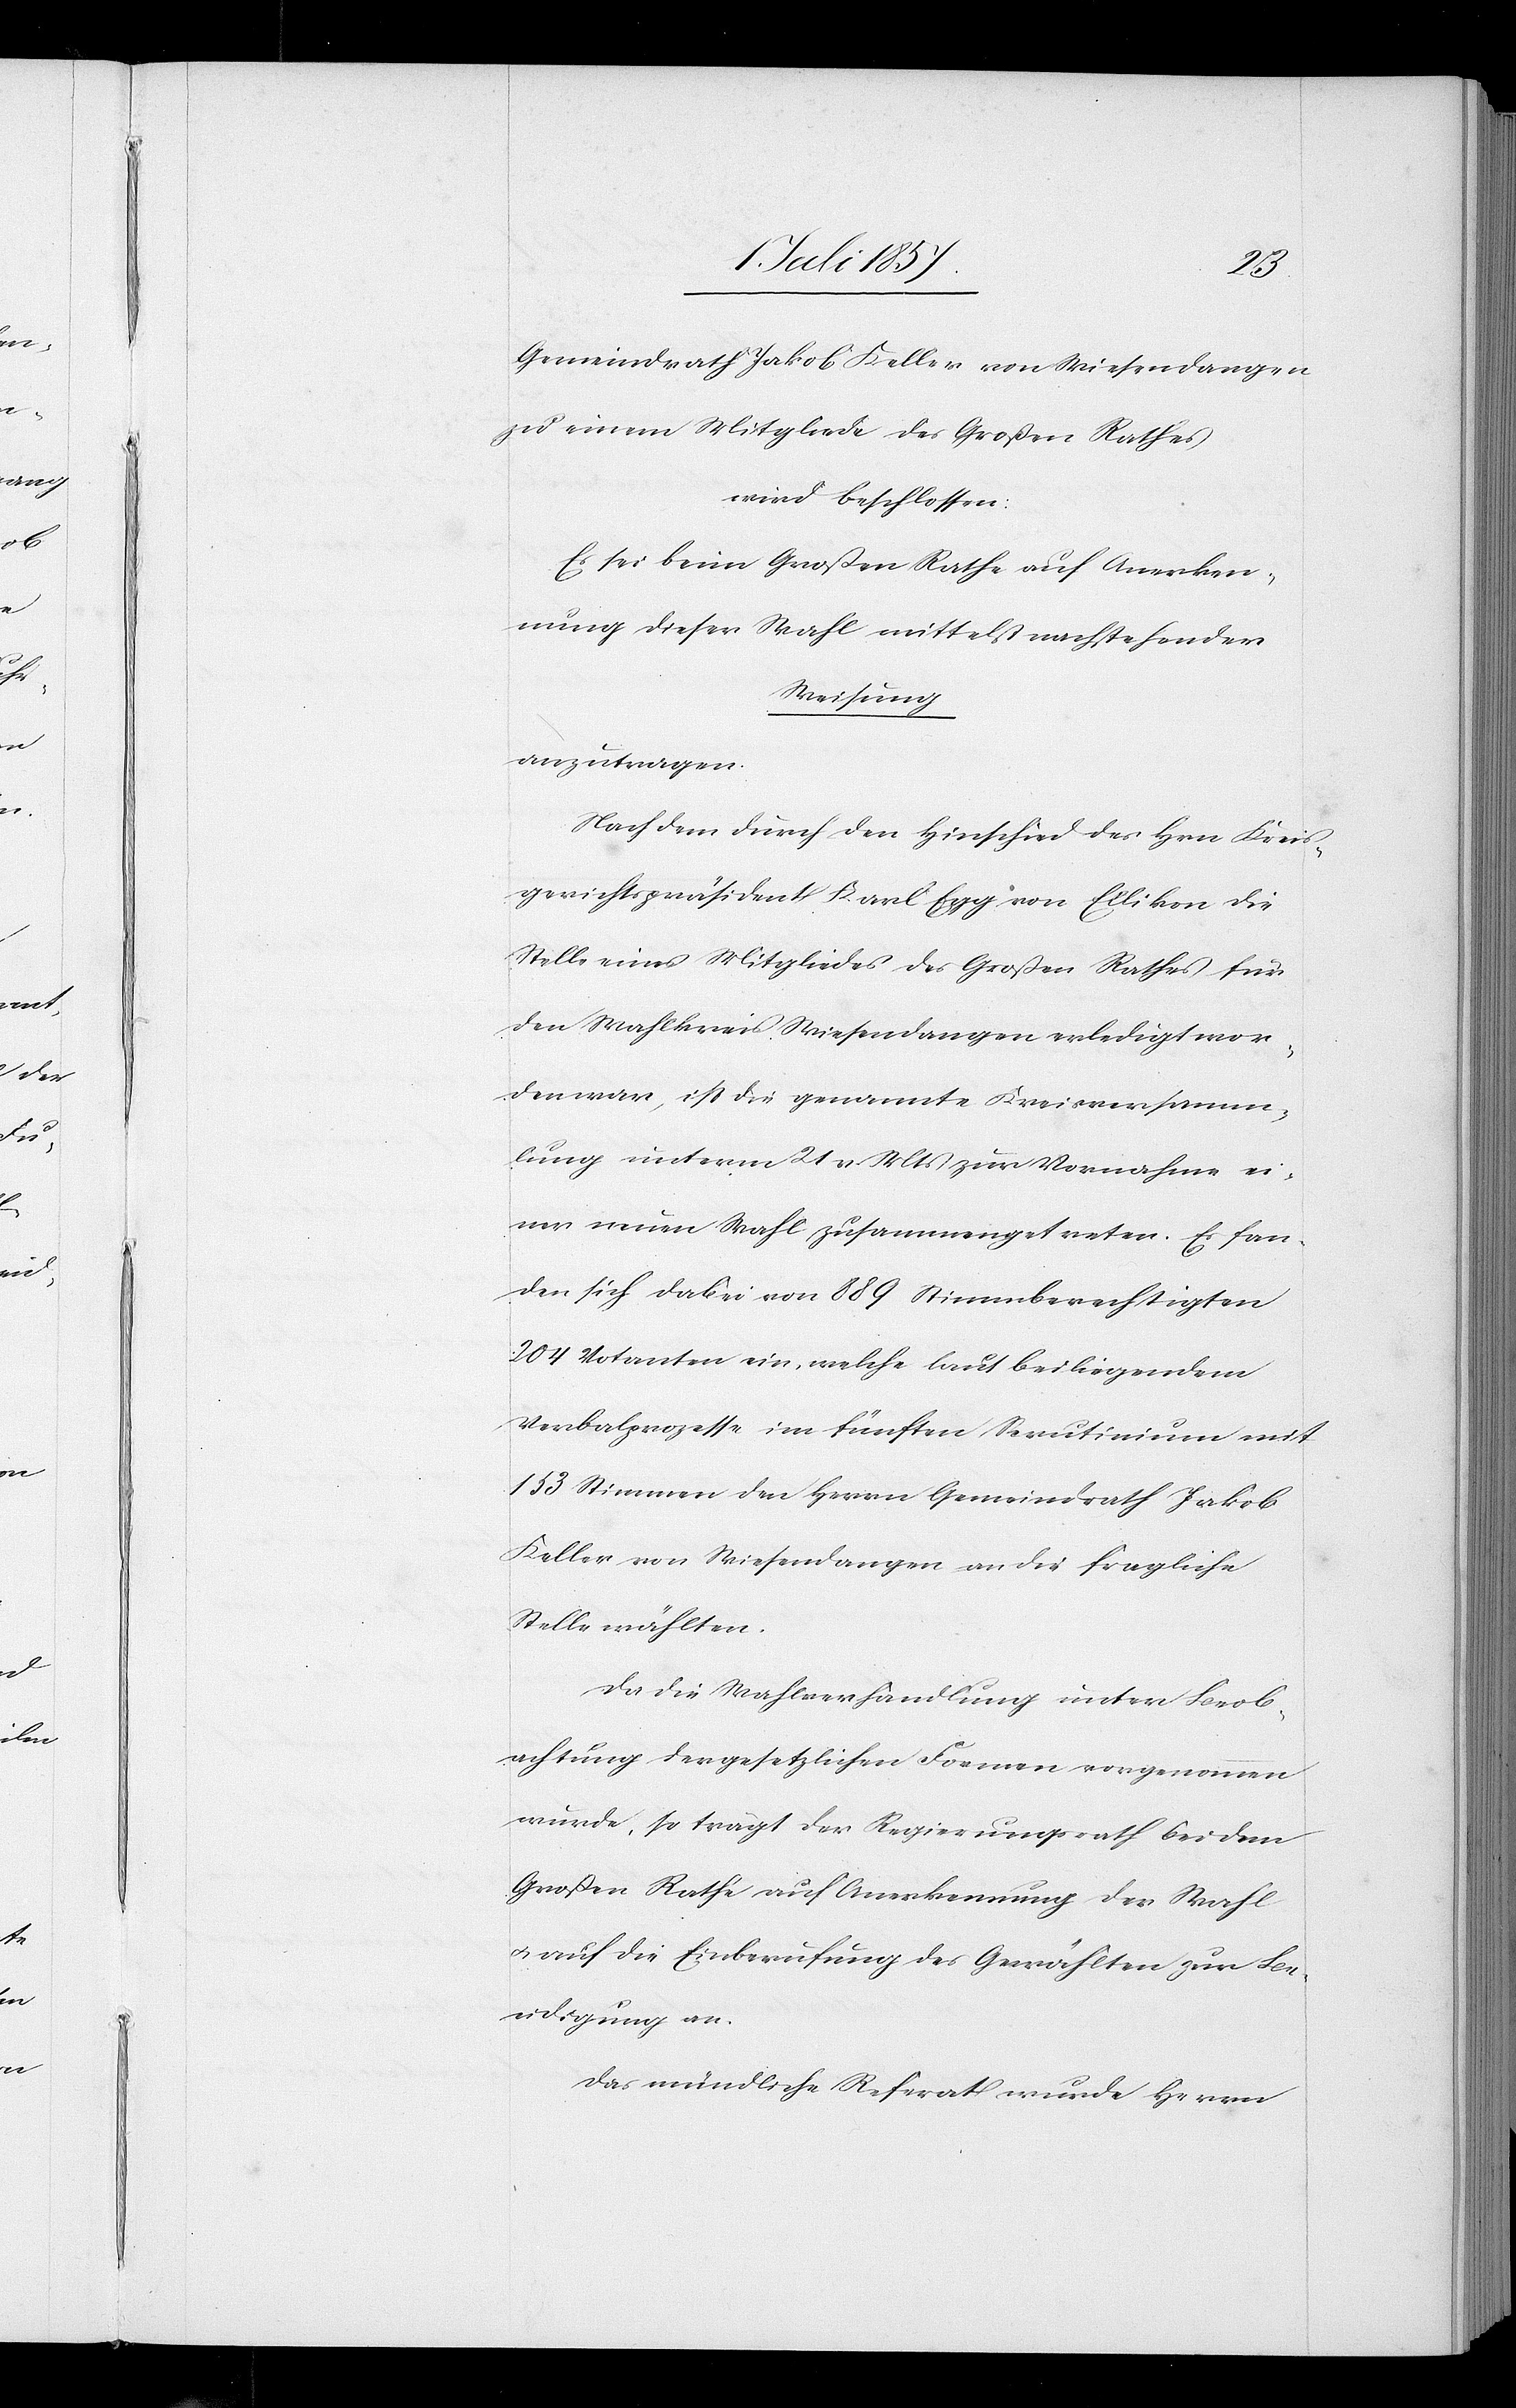
Gemeindrath Jakob Keller von Wiesendangen
zu einem Mitgliede des Großen Rathes
wird beschlossen:
Es sei beim Großen Rathe auf Anerken¬
nung dieser Wahl mittelst nachstehender
Weisung
anzutragen.
Nachdem durch den Hinschied der Hrn. Kreis¬
gerichtspräsident Karl Egg von Ellikon die
Stelle eines Mitgliedes des Großen Rathes für
den Wahlkreis Wiesendangen erledigt wor¬
den war, ist die genannte Kreisversamm¬
lung unterm 21 v. Mts. zur Vornahme ei¬
ner neuen Wahl zusammengetreten. Es fan¬
den sich dabei von 889 Stimmberechtigten
204 Votanten ein, welche laut beiliegendem
Verbalprozesse im fünften Scrutinium mit
153 Stimmen den Herrn Gemeindrath Jakob
Keller von Wiesendangen an die fragliche
Stelle wählten.
Da die Wahlverhandlung unter Beob¬
achtung der gesetzlichen Formen vorgenommen
wurde, so trägt der Regierungsrath bei dem
Großen Rathe auf Anerkennung der Wahl
& auf die Einberufung des Gewählten zur Be¬
eidigung an.
Das mündliche Referat wurde Herrn